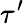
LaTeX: \tau^{\prime}